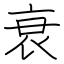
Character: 衰